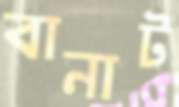
বানাট